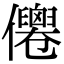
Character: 𠑗